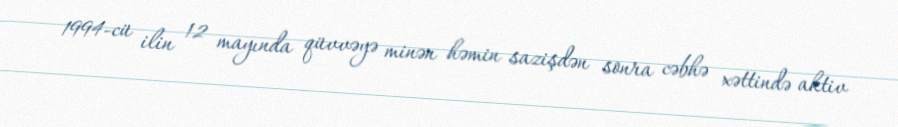
1994-cü ilin 12 mayında qüvvəyə minən həmin sazişdən sonra cəbhə xəttində aktiv